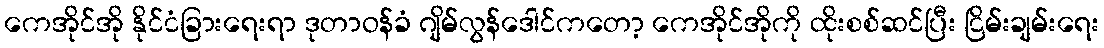
ကေအိုင်အို နိုင်ငံခြားရေးရာ ဒုတာဝန်ခံ ဂျိမ်လွန်ဒေါင်ကတော့ ကေအိုင်အိုကို ထိုးစစ်ဆင်ပြီး ငြိမ်းချမ်းရေး